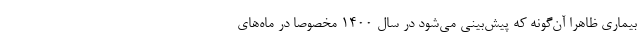
بیماری ظاهرا آن‌گونه که پیش‌بینی می‌شود در سال ۱۴۰۰ مخصوصا در ماه‌های